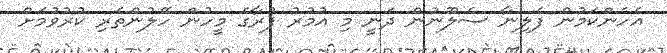
އެހެންކަމުން ފެލިނާ ސެލޫނުން ދަނީ މި އުމުރު ފުރާގެ މީހުން ހޭލުންތެރި ކުރުވުމަށް